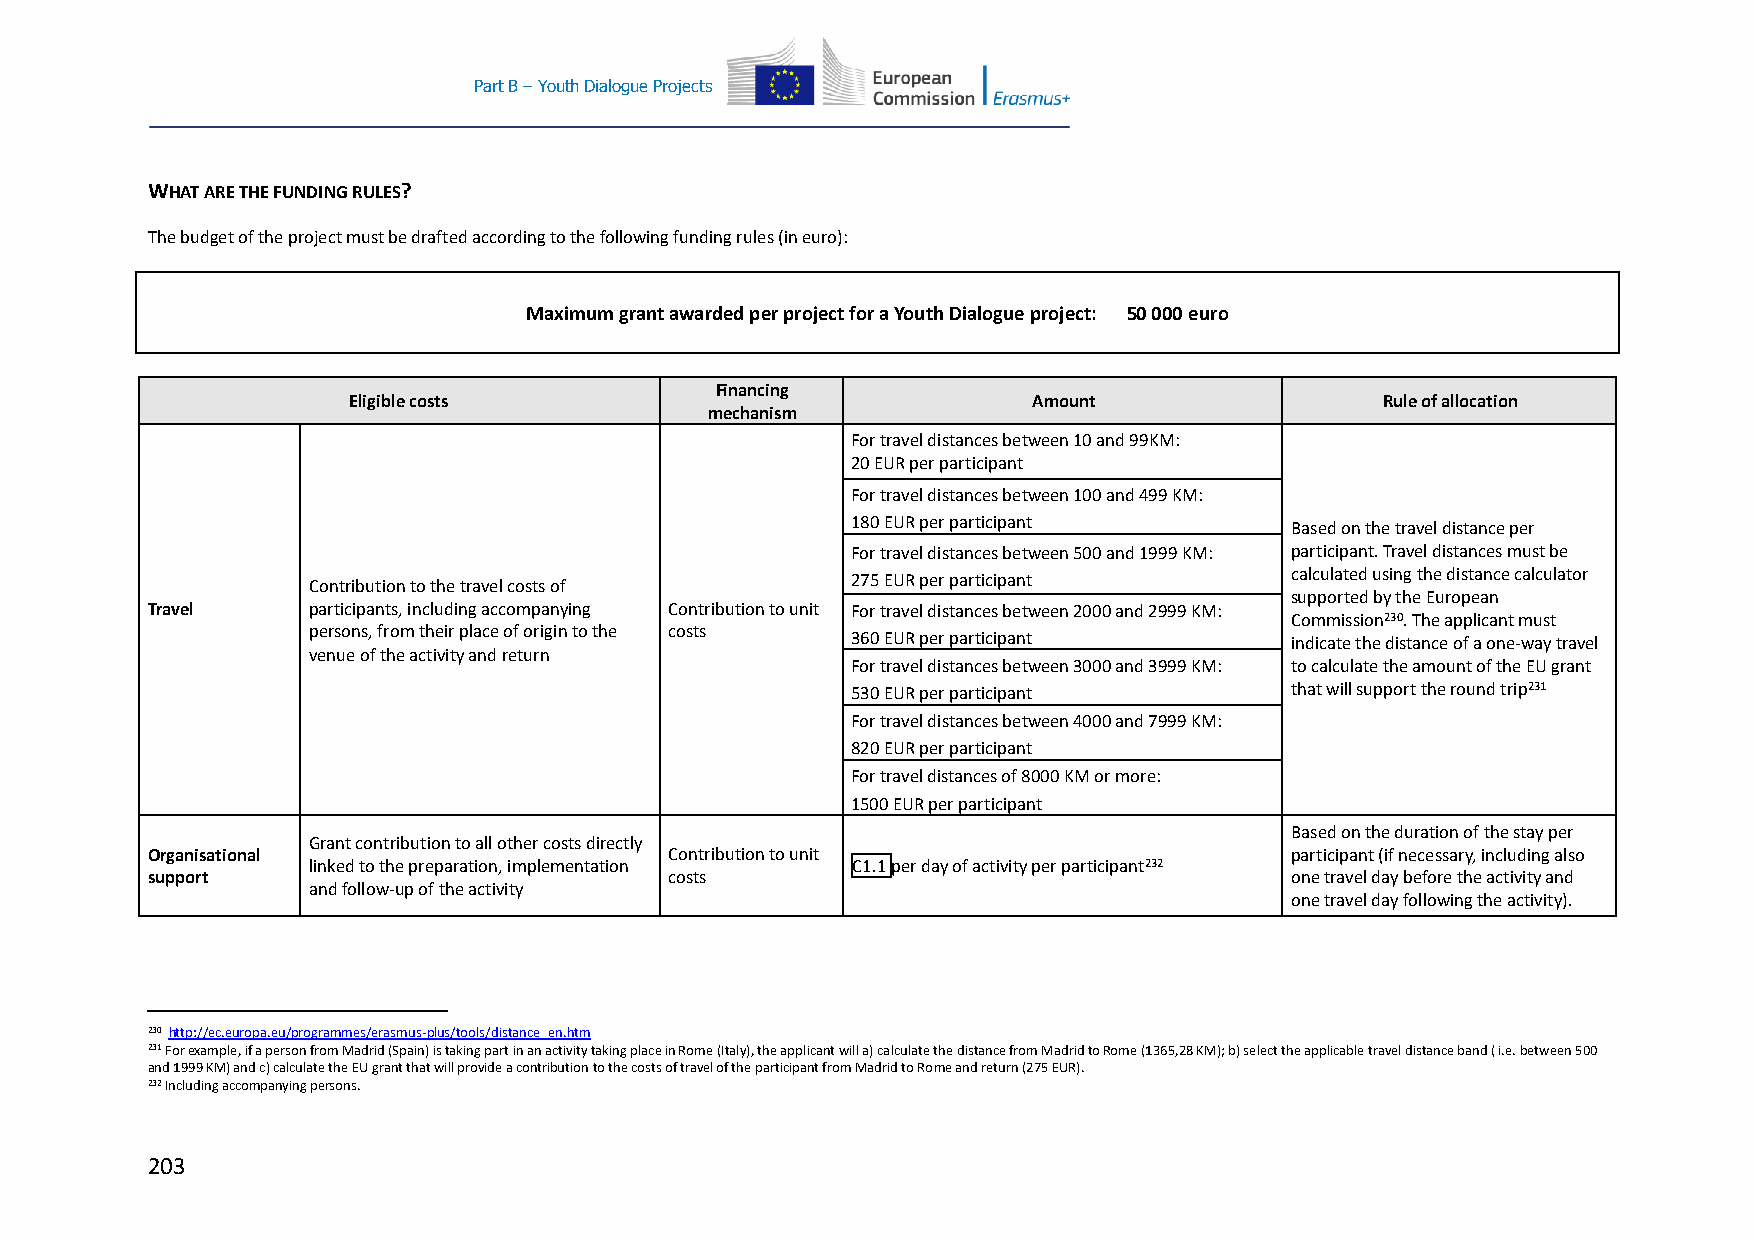
Part B – Youth Dialogue Projects
 WHAT ARE THE FUNDING RULES?
 The budget of the project must be drafted according to the following funding rules (in euro):
 Maximum grant awarded per project for a Youth Dialogue project: 50 000 euro
 Financing
 Eligible costs                               Amount                  Rule of allocation
 mechanism
 For travel distances between 10 and 99KM:
 20 EUR per participant
 For travel distances between 100 and 499 KM:
 180 EUR per participant      Based on the travel distance per
 For travel distances between 500 and 1999 KM: participant. Travel distances must be
 Contribution to the travel costs of 275 EUR per participant      calculated using the distance calculator
 supported by the European
 Travel    participants, including accompanying Contribution to unit For travel distances between 2000 and 2999 KM:
 Commission230. The applicant must
 persons, from their place of origin to the costs
 360 EUR per participant      indicate the distance of a one-way travel
 venue of the activity and return
 For travel distances between 3000 and 3999 KM: to calculate the amount of the EU grant
 530 EUR per participant      that will support the round trip231
 For travel distances between 4000 and 7999 KM:
 820 EUR per participant
 For travel distances of 8000 KM or more:
 1500 EUR per participant
 Based on the duration of the stay per
 Grant contribution to all other costs directly
 Organisational                    Contribution to unit                     participant (if necessary, including also
 linked to the preparation, implementation C1.1 per day of activity per participant232
 support                           costs                                    one travel day before the activity and
 and follow-up of the activity
 one travel day following the activity).
 230 http://ec.europa.eu/programmes/erasmus-plus/tools/distance_en.htm
 231 For example, if a person from Madrid (Spain) is taking part in an activity taking place in Rome (Italy), the applicant will a) calculate the distance from Madrid to Rome (1365,28 KM); b) select the applicable travel distance band ( i.e. between 500
 and 1999 KM) and c) calculate the EU grant that will provide a contribution to the costs of travel of the participant from Madrid to Rome and return (275 EUR).
 232 Including accompanying persons.
 203